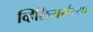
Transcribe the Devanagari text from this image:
व्हिलियर्सच्या